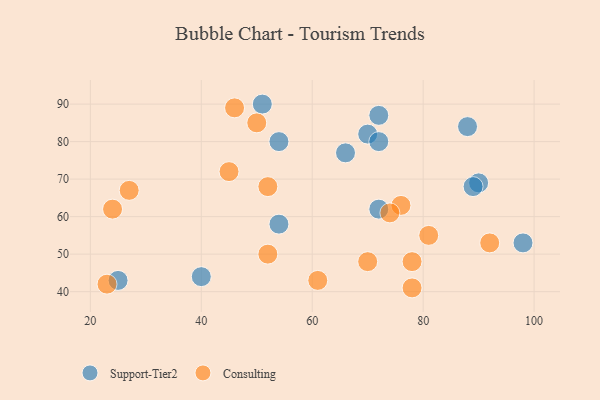
{"axis": {"x": "GDP", "y": "Life Expectancy"}, "legend": ["Consulting", "Support-Tier2"], "data": [{"x": "25", "y": 43, "type": "Support-Tier2"}, {"x": "72", "y": 87, "type": "Support-Tier2"}, {"x": "98", "y": 53, "type": "Support-Tier2"}, {"x": "90", "y": 69, "type": "Support-Tier2"}, {"x": "70", "y": 82, "type": "Support-Tier2"}, {"x": "54", "y": 58, "type": "Support-Tier2"}, {"x": "72", "y": 62, "type": "Support-Tier2"}, {"x": "66", "y": 77, "type": "Support-Tier2"}, {"x": "51", "y": 90, "type": "Support-Tier2"}, {"x": "40", "y": 44, "type": "Support-Tier2"}, {"x": "88", "y": 84, "type": "Support-Tier2"}, {"x": "54", "y": 80, "type": "Support-Tier2"}, {"x": "89", "y": 68, "type": "Support-Tier2"}, {"x": "72", "y": 80, "type": "Support-Tier2"}, {"x": "78", "y": 48, "type": "Consulting"}, {"x": "50", "y": 85, "type": "Consulting"}, {"x": "45", "y": 72, "type": "Consulting"}, {"x": "81", "y": 55, "type": "Consulting"}, {"x": "24", "y": 62, "type": "Consulting"}, {"x": "52", "y": 50, "type": "Consulting"}, {"x": "70", "y": 48, "type": "Consulting"}, {"x": "78", "y": 41, "type": "Consulting"}, {"x": "52", "y": 68, "type": "Consulting"}, {"x": "76", "y": 63, "type": "Consulting"}, {"x": "92", "y": 53, "type": "Consulting"}, {"x": "27", "y": 67, "type": "Consulting"}, {"x": "23", "y": 42, "type": "Consulting"}, {"x": "61", "y": 43, "type": "Consulting"}, {"x": "74", "y": 61, "type": "Consulting"}, {"x": "46", "y": 89, "type": "Consulting"}]}